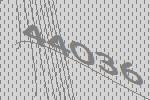
44036